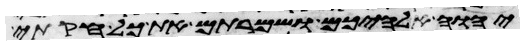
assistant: יהוה אלהיכם ושמרתם את כל חקותי